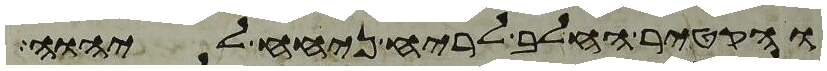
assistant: והקטיר החלב לריח ניחח ליהוה